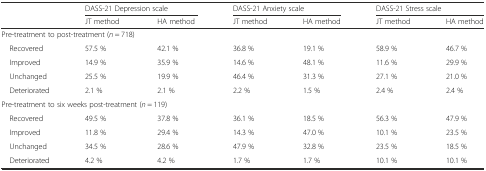
<table><thead><tr><td></td><td colspan="2"><b>DASS-21 Depression scale</b></td><td colspan="2"><b>DASS-21 Anxiety scale</b></td><td colspan="2"><b>DASS-21 Stress scale</b></td></tr><tr><td></td><td><b>JT method</b></td><td><b>HA method</b></td><td><b>JT method</b></td><td><b>HA method</b></td><td><b>JT method</b></td><td><b>HA method</b></td></tr></thead><tbody><tr><td colspan="7">Pre-treatment to post-treatment (<i>n</i> = 718)</td></tr><tr><td> Recovered</td><td>57.5 %</td><td>42.1 %</td><td>36.8 %</td><td>19.1 %</td><td>58.9 %</td><td>46.7 %</td></tr><tr><td> Improved</td><td>14.9 %</td><td>35.9 %</td><td>14.6 %</td><td>48.1 %</td><td>11.6 %</td><td>29.9 %</td></tr><tr><td> Unchanged</td><td>25.5 %</td><td>19.9 %</td><td>46.4 %</td><td>31.3 %</td><td>27.1 %</td><td>21.0 %</td></tr><tr><td> Deteriorated</td><td>2.1 %</td><td>2.1 %</td><td>2.2 %</td><td>1.5 %</td><td>2.4 %</td><td>2.4 %</td></tr><tr><td colspan="7">Pre-treatment to six weeks post-treatment (<i>n</i> = 119)</td></tr><tr><td> Recovered</td><td>49.5 %</td><td>37.8 %</td><td>36.1 %</td><td>18.5 %</td><td>56.3 %</td><td>47.9 %</td></tr><tr><td> Improved</td><td>11.8 %</td><td>29.4 %</td><td>14.3 %</td><td>47.0 %</td><td>10.1 %</td><td>23.5 %</td></tr><tr><td> Unchanged</td><td>34.5 %</td><td>28.6 %</td><td>47.9 %</td><td>32.8 %</td><td>23.5 %</td><td>18.5 %</td></tr><tr><td> Deteriorated</td><td>4.2 %</td><td>4.2 %</td><td>1.7 %</td><td>1.7 %</td><td>10.1 %</td><td>10.1 %</td></tr></tbody></table>